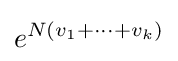
e^{N(v_{1}+\cdots +v_{k})}